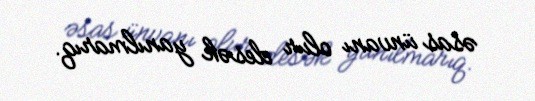
əsas ünvanı olur desək yanılmarıq.